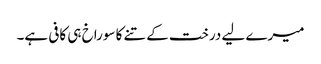
میرے لیے درخت کے تنے کا سوراخ ہی کافی ہے۔